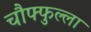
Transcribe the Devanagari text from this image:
चौफ्फुल्ला